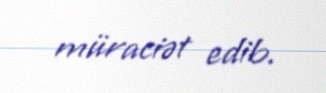
müraciət edib.